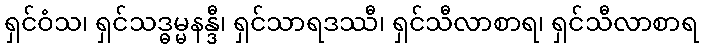
ရှင်ဝံသ၊ ရှင်သဒ္ဓမ္မနန္ဒီ၊ ရှင်သာရဒဿီ၊ ရှင်သီလာစာရ၊ ရှင်သီလာစာရ